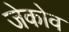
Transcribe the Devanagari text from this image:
जेकोव